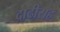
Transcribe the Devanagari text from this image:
दाढीसह